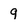
Character: q